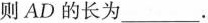
则AD的长为___.